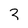
Character: 3